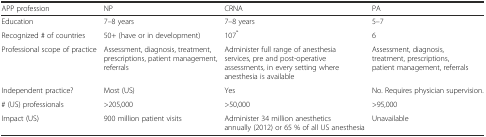
<table><thead><tr><td><b>APP profession</b></td><td><b>NP</b></td><td><b>CRNA</b></td><td><b>PA</b></td></tr></thead><tbody><tr><td>Education</td><td>7–8 years</td><td>7–8 years</td><td>5–7</td></tr><tr><td>Recognized # of countries</td><td>50+ (have or in development)</td><td>107<sup>*</sup></td><td>6</td></tr><tr><td>Professional scope of practice</td><td>Assessment, diagnosis, treatment, prescriptions, patient management, referrals</td><td>Administer full range of anesthesia services, pre and post-operative assessments, in every setting where anesthesia is available</td><td>Assessment, diagnosis, treatment, prescriptions, patient management, referrals</td></tr><tr><td>Independent practice?</td><td>Most (US)</td><td>Yes</td><td>No. Requires physician supervision.</td></tr><tr><td># (US) professionals</td><td>&gt;205,000</td><td>&gt;50,000</td><td>&gt;95,000</td></tr><tr><td>Impact (US)</td><td>900 million patient visits</td><td>Administer 34 million anesthetics annually (2012) or 65 % of all US anesthesia</td><td>Unavailable</td></tr></tbody></table>